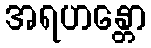
အရဟန္တော